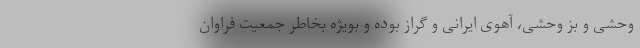
وحشی و بز وحشی، آهوی ایرانی و گراز بوده و بویژه بخاطر جمعیت فراوان